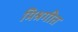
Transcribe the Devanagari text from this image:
मिश्रगीत